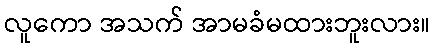
လူကော အသက် အာမခံမထားဘူးလား။